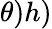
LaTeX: \theta)h)